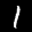
Label: 1